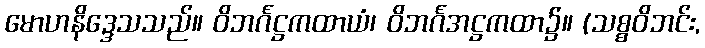
မောဟနိဒ္ဒေသသည်။ ဝိဘင်္ဂဋ္ဌကထာယံ၊ ဝိဘင်္ဂအဋ္ဌကထာ၌။ (သစ္စဝိဘင်း,